Annual report of the Camel Specialist
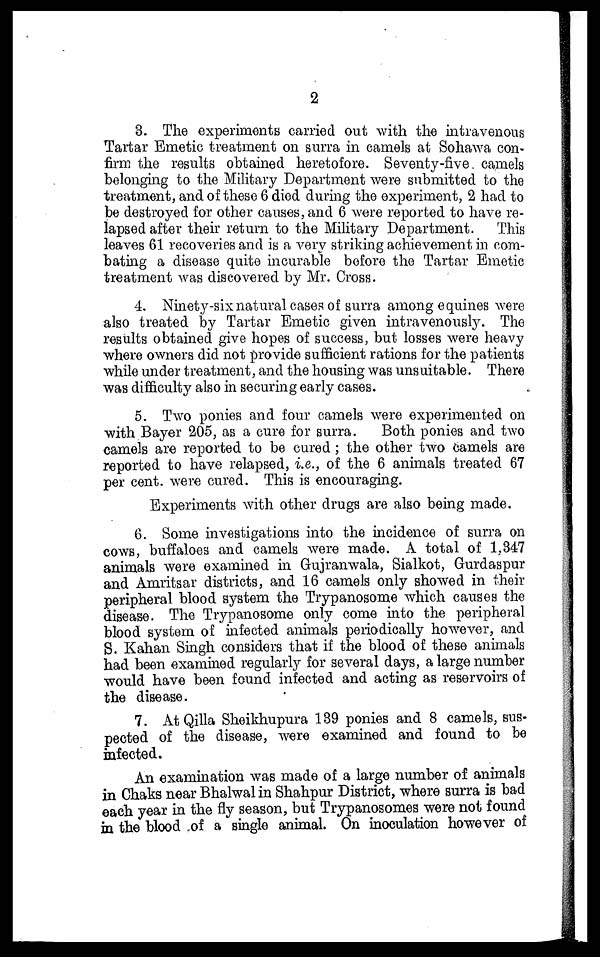
2
3. The experiments carried out with the intravenous
Tartar Emetic treatment on surra in camels at Sohawa con-
firm the results obtained heretofore. Seventy-five camels
belonging to the Military Department were submitted to the
treatment, and of these 6 died during the experiment, 2 had to
be destroyed for other causes, and 6 were reported to have re-
lapsed after their return to the Military Department. This
leaves 61 recoveries and is a very striking achievement in com-
bating a disease quite incurable before the Tartar Emetic
treatment was discovered by Mr. Cross.
4. Ninety-six natural cases of surra among equines were
also treated by Tartar Emetic given intravenously. The
results obtained give hopes of success, but losses were heavy
where owners did not provide sufficient rations for the patients
while under treatment, and the housing was unsuitable. There
was difficulty also in securing early cases.
5. Two ponies and four camels were experimented on
with Bayer 205, as a cure for surra.
Both ponies and two
camels are reported to be cured ; the other two camels are
reported to have relapsed, i.e., of the 6 animals treated 67
per cent. were cured. This is encouraging.
Experiments with other drugs are also being made.
6. Some investigations into the incidence of surra on
cows, buffaloes and camels were made. A total of 1,347
animals were examined in Gujranwala, Sialkot, Gurdaspur
and Amritsar districts, and 16 camels only showed in their
peripheral blood system the Trypanosome which causes the
disease. The Trypanosome only come into the peripheral
blood system of infected animals periodically however, and
S. Kahan Singh considers that if the blood of these animals
had been examined regularly for several days, a large number
would have been found infected and acting as reservoirs of
the disease.
7. At Qilla Sheikhupura 139 ponies and 8 camels, sus-
pected of the disease, were examined and found to be
infected.
An examination was made of a large number of animals
in Chaks near Bhalwal in Shahpur District, where surra is bad
each year in the fly season, but Trypanosomes were not found
in the blood of a single animal. On inoculation however of